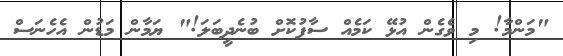
"މަންމާ! މި ވެގެން އުޅޭ ކަމެއް ސާފުކޮށް ބުނެދީބަލަ!" ޔަމާން މަޑުން އެހެނަސް